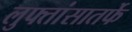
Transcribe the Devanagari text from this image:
लुफ्तांसातर्फे